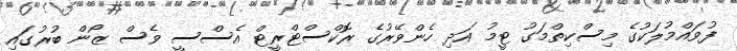
ފުވައްމުލަކުގެ މިސްކިތްމަގު ޓީމު އަދި ހެންވޭރުގެ ރޮކްސްޓްރީޓް އެސްސީ ވެސް ޒޯން ބުރުގައި